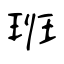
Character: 班